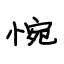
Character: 惋